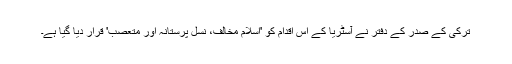
ترکی کے صدر کے دفتر نے آسٹریا کے اس اقدام کو 'اسلام مخالف، نسل پرستانہ اور متعصب' قرار دیا گیا ہے۔